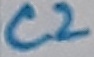
Text: C2